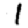
Digit: 1